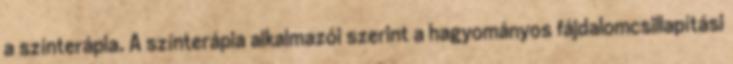
a színterápia. A színterápia alkalmazói szerint a hagyományos fájdalomcsillapítási